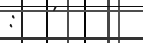
:   '